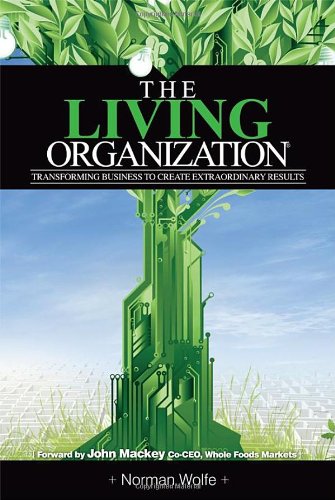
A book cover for The Living Organization: Transforming Business To Create Extraordinary Results; Norman Wolfe; Business & Money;